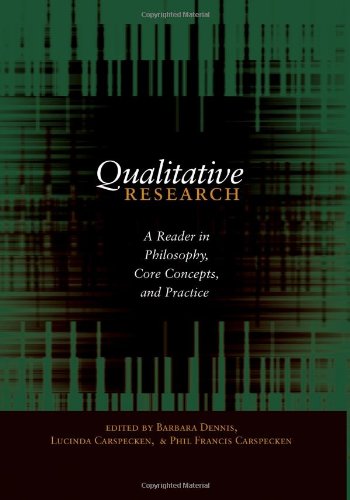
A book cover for Qualitative Research: A Reader in Philosophy, Core Concepts, and Practice (Counterpoints); Politics & Social Sciences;